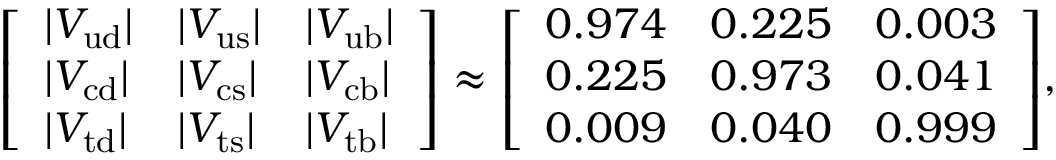
{ \left[ \begin{array} { l l l } { | V _ { \mathrm { u d } } | } & { | V _ { \mathrm { u s } } | } & { | V _ { \mathrm { u b } } | } \\ { | V _ { \mathrm { c d } } | } & { | V _ { \mathrm { c s } } | } & { | V _ { \mathrm { c b } } | } \\ { | V _ { \mathrm { t d } } | } & { | V _ { \mathrm { t s } } | } & { | V _ { \mathrm { t b } } | } \end{array} \right] } \approx { \left[ \begin{array} { l l l } { 0 . 9 7 4 } & { 0 . 2 2 5 } & { 0 . 0 0 3 } \\ { 0 . 2 2 5 } & { 0 . 9 7 3 } & { 0 . 0 4 1 } \\ { 0 . 0 0 9 } & { 0 . 0 4 0 } & { 0 . 9 9 9 } \end{array} \right] } ,